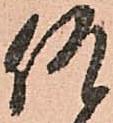
何